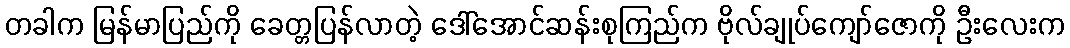
တခါက မြန်မာပြည်ကို ခေတ္တပြန်လာတဲ့ ဒေါ်အောင်ဆန်းစုကြည်က ဗိုလ်ချုပ်ကျော်ဇောကို ဦးလေးက